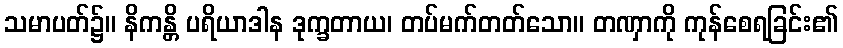
သမာပတ်၌။ နိကန္တိ ပရိယာဒါန ဒုက္ခတာယ၊ တပ်မက်တတ်သော။ တဏှာကို ကုန်စေရခြင်း၏